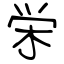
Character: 栄